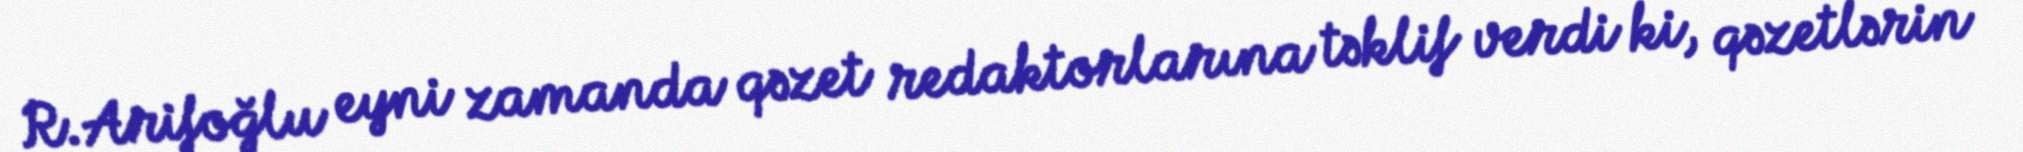
R.Arifoğlu eyni zamanda qəzet redaktorlarına təklif verdi ki, qəzetlərin